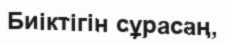
Биіктігін сұрасаң,